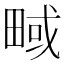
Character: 㽣